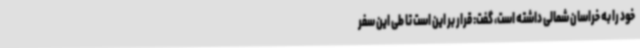
خود را به خراسان شمالی داشته است، گفت: قرار بر این است تا طی این سفر